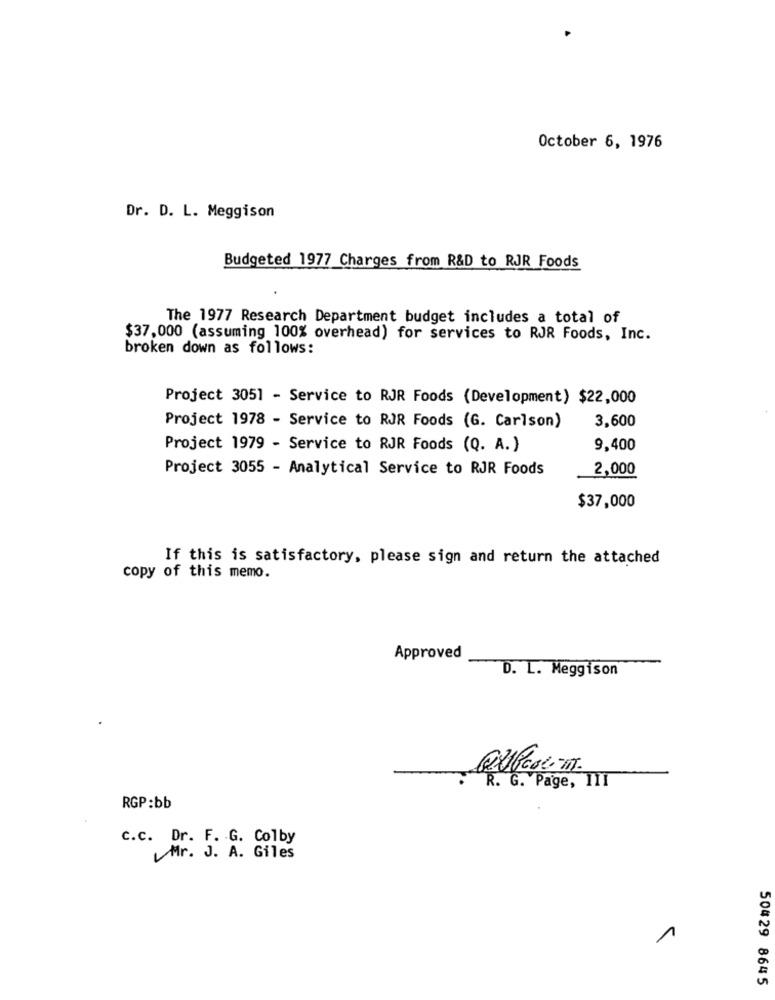
October 6, 1976
Dr. D. L. Meggison
Budgeted 1977 Charges from R&D to RJR Foods
The 1977 Research Department budget includes a total of
$37,000 (assuming 100% overhead) for services to RJR Foods, Inc.
broken down as follows:
Project 3051 - Service to RJR Foods (Development) $22,000
3,600
Project 1978 - Service to RJR Foods (G. Carlson)
Project 1979 - Service to RJR Foods (Q. A.)
9,400
Project 3055 - Analytical Service to RJR Foods
2,000
$37,000
If this is satisfactory, please sign and return the attached
copy of this memo.
Approved
D. L. Meggison
QUEcom
R. G. Page, 111
RGP:bb
C.c. Dr. F. G. Colby
Mr. J. A. Giles
1
50429 8645